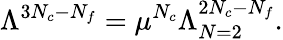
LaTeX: \Lambda^{3N_{c}-N_{f}}=\mu^{N_{c}}\Lambda_{N=2}^{2N_{c}-N_{f}}.